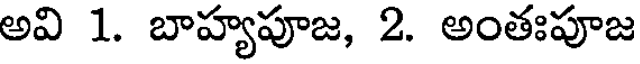
అవి 1. బాహ్యపూజ, 2. అంతఃపూజ